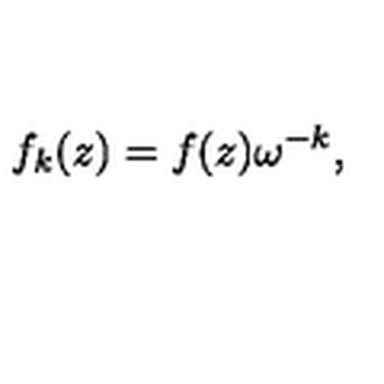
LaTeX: f _ { k } ( z ) = f ( z ) \omega ^ { - k } ,